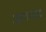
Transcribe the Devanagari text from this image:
ज्ञानपाद